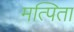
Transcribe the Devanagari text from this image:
मत्पिता